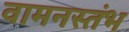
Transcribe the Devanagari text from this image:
वामनस्तंभ